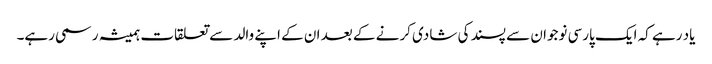
یاد رہے کہ ایک پارسی نوجوان سے پسند کی شادی کرنے کے بعد ان کے اپنے والد سے تعلقات ہمیشہ رسمی رہے۔